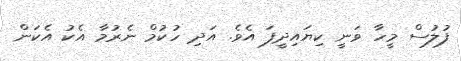
ފުލުސް މީހާ ވަނީ ކިޔައިދީފަ އެވެ. އަދި ހުކުމް ނެރުމާ އެކު އެކަން